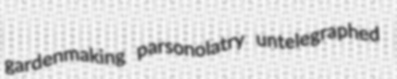
gardenmaking parsonolatry untelegraphed